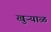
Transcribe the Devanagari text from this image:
खुऱ्‍याळ